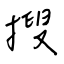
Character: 搜